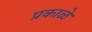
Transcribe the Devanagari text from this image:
प्रकाळे